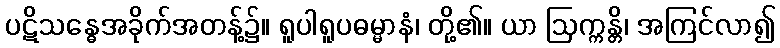
ပဋိသန္ဓေအခိုက်အတန့်၌။ ရူပါရူပဓမ္မာနံ၊ တို့၏။ ယာ ဩက္ကန္တိ၊ အကြင်လာ၍